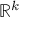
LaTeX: \mathbb { R } ^ { k }